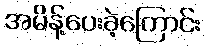
အမိန့်ပေးခဲ့ကြောင်း